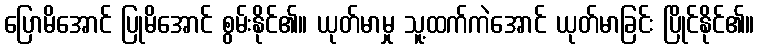
ပြောမိအောင် ပြုမိအောင် စွမ်းနိုင်၏။ ယုတ်မာမှု သူ့ထက်ကဲအောင် ယုတ်မာခြင်း ပြိုင်နိုင်၏။